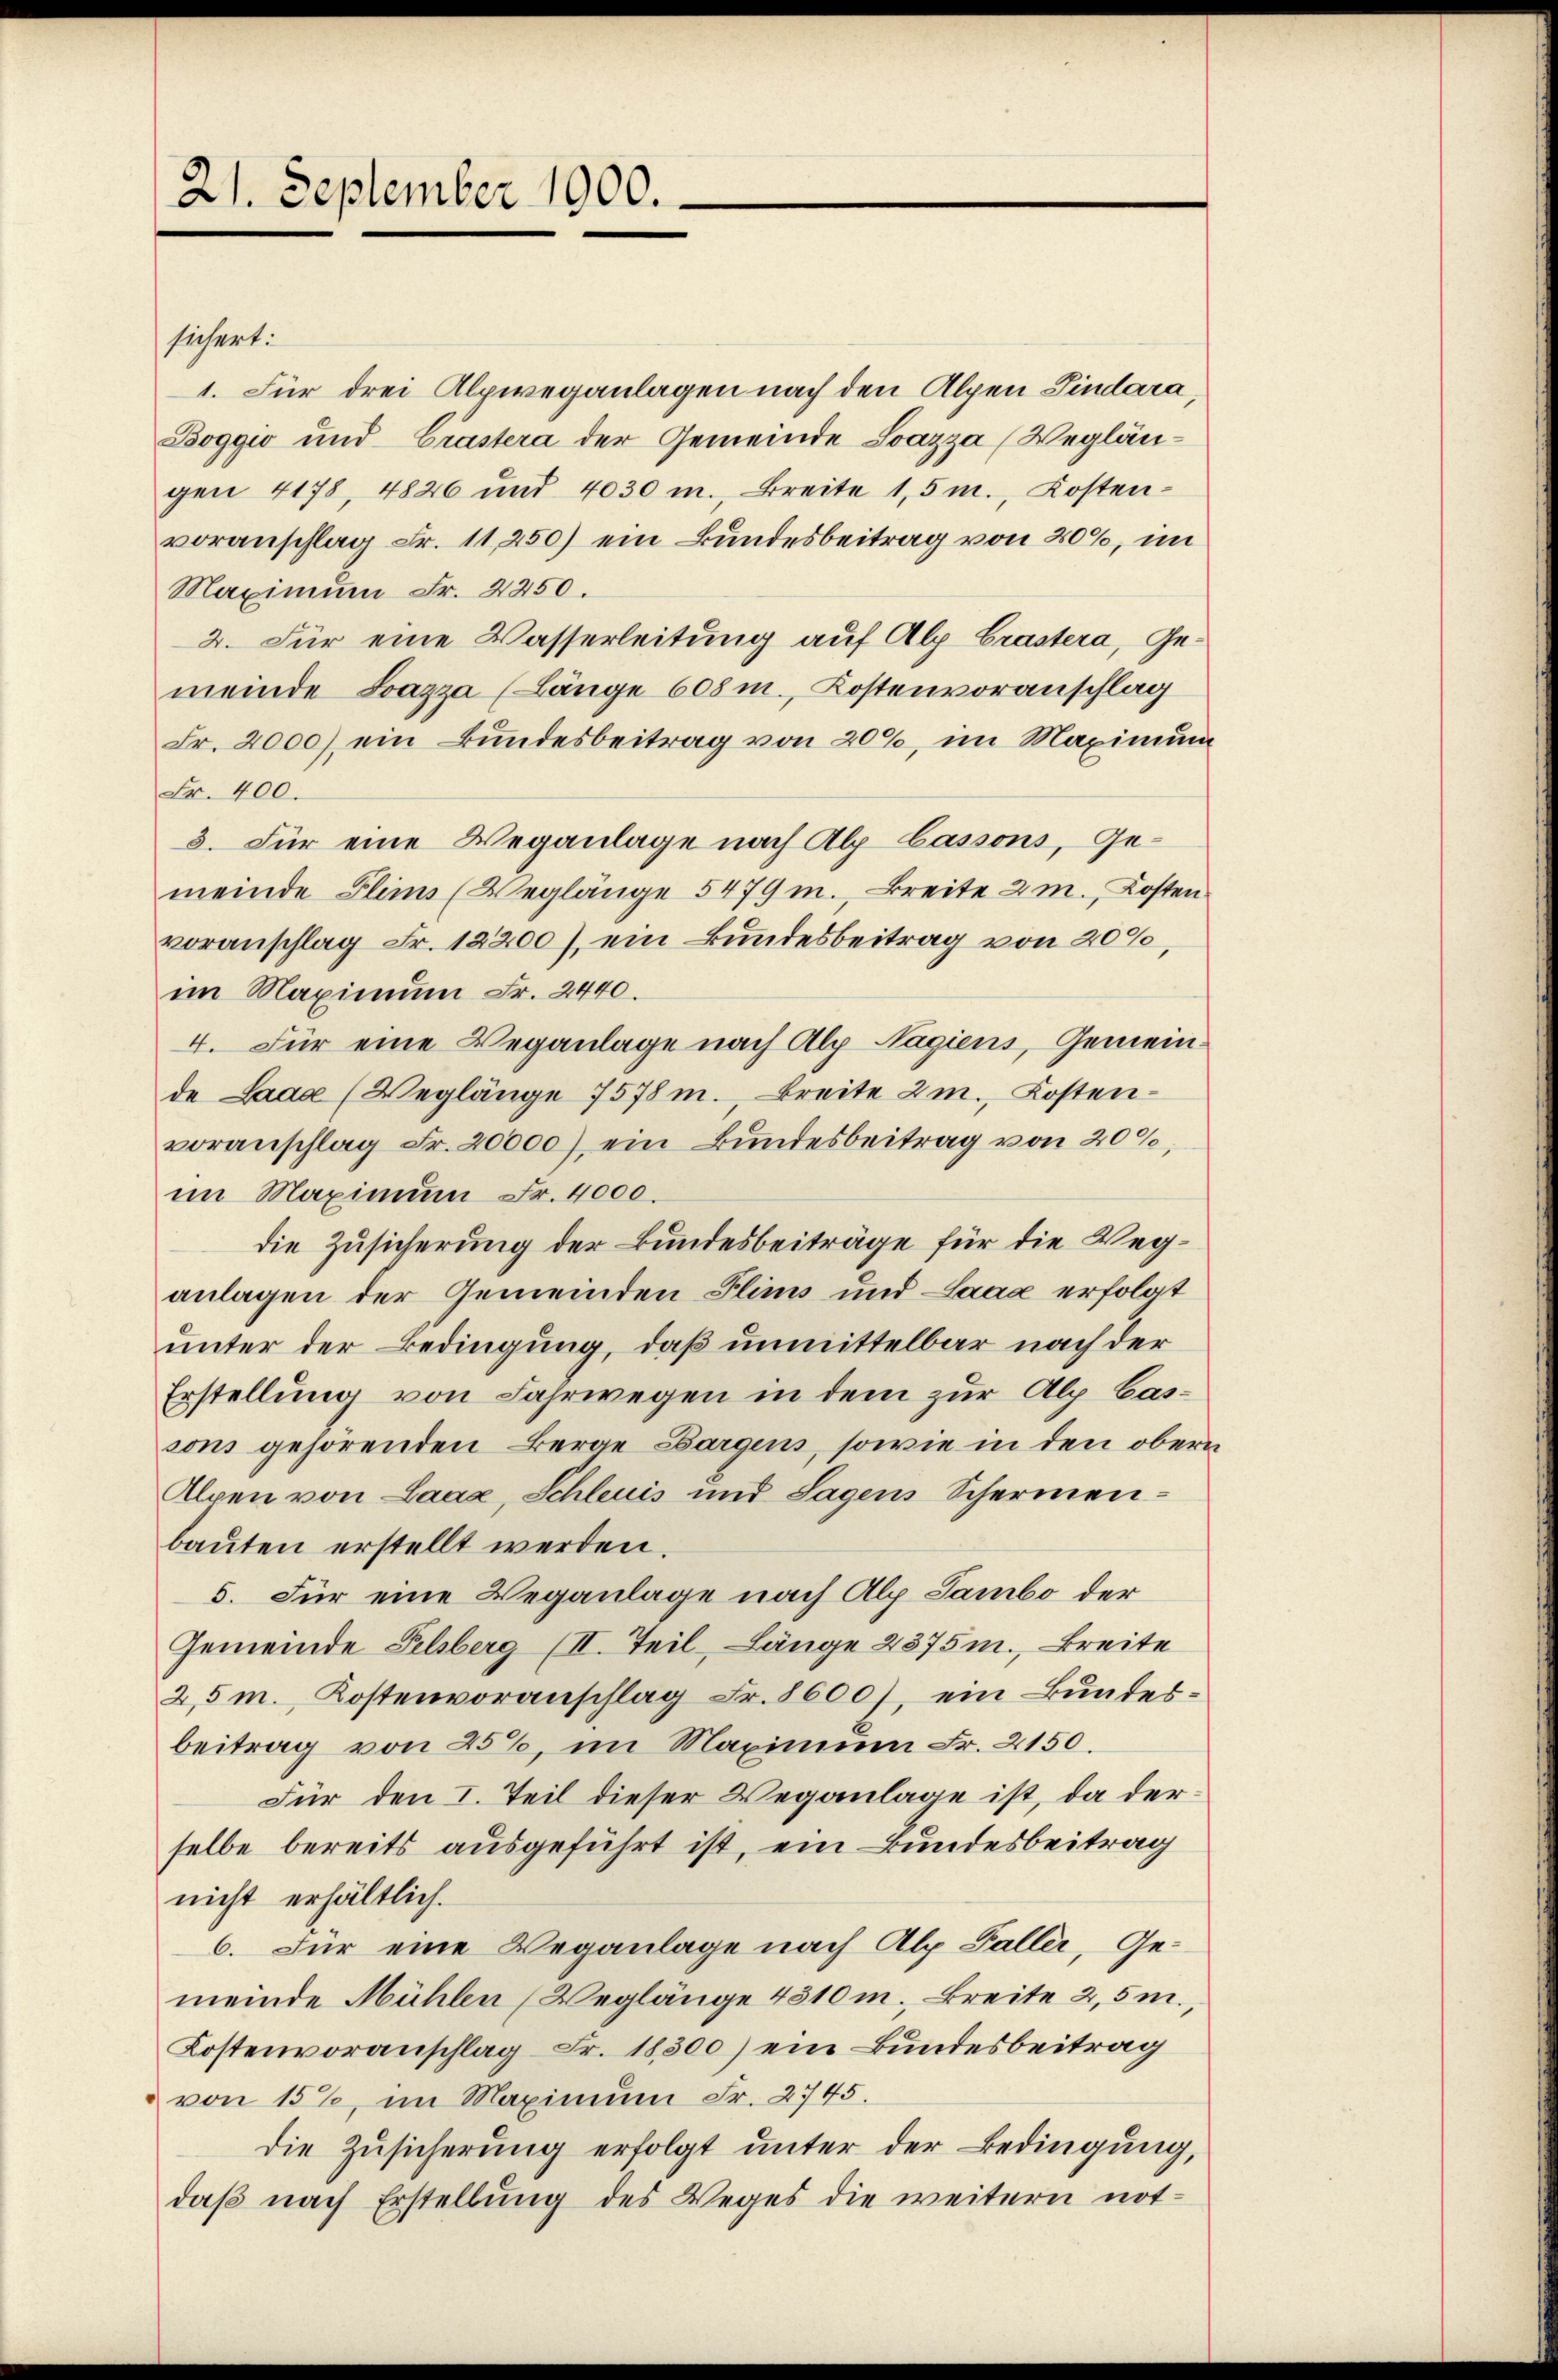
21. September 1900.

sichert.
1. Für drei Alpweganlagen nach den Alpen Sindara,
Boggio und Crastera der Gemeinde Loazza (Weglängen 4178, 4826 und 4030 m., Breite 1,5 m., Kostenvoranschlag Fr. 11250) ein Bundesbeitrag von 200, im
Maximum Fr. 2250.
2. Für eine Wasserleitung auf Alp Crastera, Gemeinde Lazza (Länge 608 m., Kostenvoranschlag
Fr. 2000) ein Bundesbeitrag von 200, im Maximum
Fr. 400.
3. Für eine Weganlage nach Alp Cassons, Gemeinde Flims (Weglänge 5479 m., Breite 2 m., Kosten
voranschlag Fr. 12200), ein Bundesbeitrag von 2000,
im Maximum Fr. 2440.
4. Für eine Weganlage nach Alp Nagiens, Gemeinde Laaa (Weglänge 7578 m., Breite 2m., Kostenvoranschlag Fr. 20000) ein Bundesbeitrag von 20%
im Maximum Fr. 4000.
die Zusicherung der Bundesbeiträge für die Weganlagen der Gemeinden Flims und Laaz erfolgt
unter der Bedingung, daß unmittelbar nach der
Erstellung von Fahrwegen in dem zur Alp Cassons gehörenden Berge Bargens, sowie in den ober
Alpen von Laag, Schleuis und Sagens Schermenbauten erstellt werden.
5. Für eine Weganlage nach Alp Sambo der
Gemeinde Felsberg (II. Teil, Länge 2375m., Breite
2,5 m., Kostenvoranschlag Fr. 8600), ein Bundesbeitrag von 25%, im Maximum Fr. 2150.
Für den I. Teil dieser Weganlage ist, da derselbe bereits ausgeführt ist, ein Bundesbeitrag
nicht erhältlich.
6. Für eine Weganlage nach Alp Faller, Ge-
meinde Mühlen (Weglänge 4310 m., Breite 2,5m.,
Kostenvoranschlag Fr. 18500) ein Bundesbeitrag
von 15%, im Maximum Fr. 2745.
die Zusicherung erfolgt unter der Bedingung,
daß nach Erstellung des Weges die weitern not-